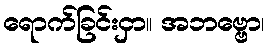
ရောက်ခြင်းငှာ။ အဘဗ္ဗော၊